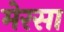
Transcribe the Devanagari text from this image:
मेरसा